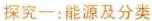
探究一：能源及分类